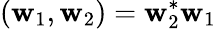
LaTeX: (\boldsymbol{\mathbf{w}}_{1},\boldsymbol{\mathbf{w}}_{2})=\boldsymbol{\mathbf{w}}_{2}^{*}\boldsymbol{\mathbf{w}}_{1}